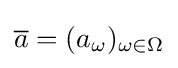
{\overline {a}}=(a_{\omega })_{\omega \in \Omega }